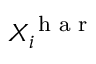
X _ { i } ^ { \textrm { h a r } }